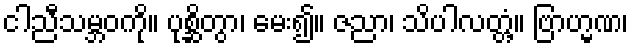
ငါညီသမ္ဘဝကို။ ပုစ္ဆိတွာ၊ မေး၍။ ဇညာ၊ သိပါလတ္တံ့။ ဗြာဟ္မဏ၊